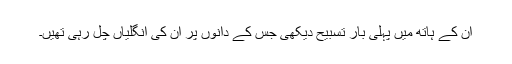
ان کے ہاتھ میں پہلی بار تسبیح دیکھی جس کے دانوں پر ان کی انگلیاں چل رہی تھیں۔